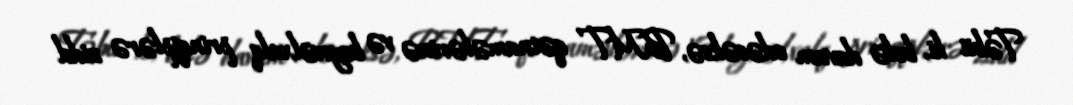
Təbii ki, belə davam edəcəksə, BMT qətnamələrinə və beynəlxalq prinqiplərə zidd